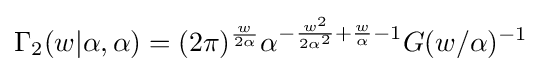
\Gamma _{2}(w|\alpha ,\alpha )=(2\pi )^{\frac {w}{2\alpha }}\alpha ^{-{\frac {w^{2}}{2\alpha ^{2}}}+{\frac {w}{\alpha }}-1}G(w/\alpha )^{-1}\